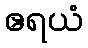
ဧရယံ